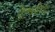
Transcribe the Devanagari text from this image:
ट्रेनसेट